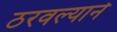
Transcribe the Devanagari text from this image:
ठरवल्याने